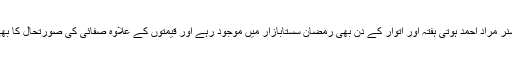
ایڈیشنل اسسٹنٹ کمشنر مراد احمد ہوتی ہفتہ اور اتوار کے دن بھی رمضان سستابازار میں موجود رہے اور قیمتوں کے علاوہ صفائی کی صورتحال کا بھی جائزہ لیتے رہے۔